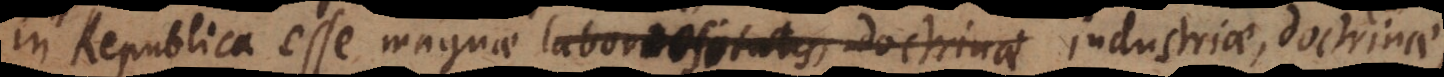
in Republica esse magnae laboriositatis, doctrinae industriae, doctrinae,